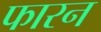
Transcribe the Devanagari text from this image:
फारन